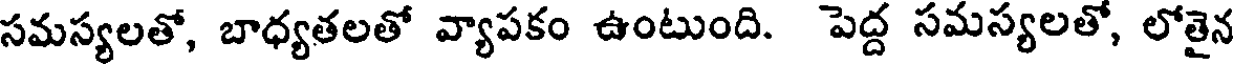
సమస్యలతో, బాధ్యతలతో వ్యాపకం ఉంటుంది. పెద్ద సమస్యలతో, లోతైన